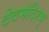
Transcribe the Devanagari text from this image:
देवमंदिरम्